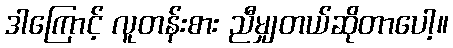
ဒါကြောင့် လူတန်းစား ညီမျှတယ်ဆိုတာပေါ့။